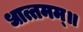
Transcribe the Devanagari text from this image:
धात्तमम्‌॥